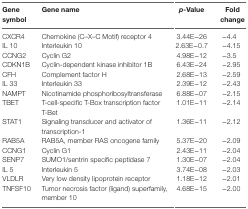
<table><thead><tr><td><b>Gene symbol</b></td><td><b>Gene name</b></td><td><b><i>p</i>-Value</b></td><td><b>Fold change</b></td></tr></thead><tbody><tr><td>CXCR4</td><td>Chemokine (C–X–C Motif) receptor 4</td><td>3.44E−26</td><td>−4.4</td></tr><tr><td>IL 10</td><td>Interleukin 10</td><td>2.63E−0.7</td><td>−4.15</td></tr><tr><td>CCNG2</td><td>Cyclin G2</td><td>4.98E−12</td><td>−3.5</td></tr><tr><td>CDKN1B</td><td>Cyclin-dependent kinase inhibitor 1B</td><td>6.43E−24</td><td>−2.95</td></tr><tr><td>CFH</td><td>Complement factor H</td><td>2.68E−13</td><td>−2.59</td></tr><tr><td>IL 33</td><td>Interleukin 33</td><td>2.39E−12</td><td>−2.43</td></tr><tr><td>NAMPT</td><td>Nicotinamide phosphoribosyltransferase</td><td>6.88E−07</td><td>−2.15</td></tr><tr><td>TBET</td><td>T-cell-specific T-Box transcription factor T-Bet</td><td>1.01E−11</td><td>−2.14</td></tr><tr><td>STAT1</td><td>Signaling transducer and activator of transcription-1</td><td>1.36E−11</td><td>−2.12</td></tr><tr><td>RAB5A</td><td>RAB5A, member RAS oncogene family</td><td>5.37E−20</td><td>−2.09</td></tr><tr><td>CCNG1</td><td>Cyclin G1</td><td>2.43E−11</td><td>−2.04</td></tr><tr><td>SENP7</td><td>SUMO1/sentrin specific peptidase 7</td><td>1.30E−07</td><td>−2.04</td></tr><tr><td>IL 5</td><td>Interleukin 5</td><td>3.74E−08</td><td>−2.03</td></tr><tr><td>VLDLR</td><td>Very low density lipoprotein receptor</td><td>1.18E−12</td><td>−2.01</td></tr><tr><td>TNFSF10</td><td>Tumor necrosis factor (ligand) superfamily, member 10</td><td>4.68E−15</td><td>−2.00</td></tr></tbody></table>